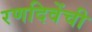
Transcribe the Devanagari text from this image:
रणदिवेंची